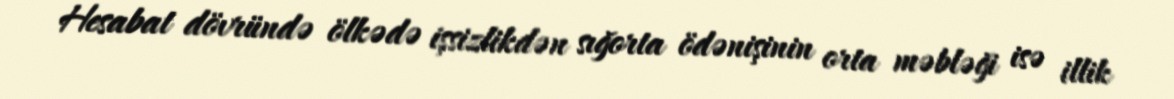
Hesabat dövründə ölkədə işsizlikdən sığorta ödənişinin orta məbləği isə illik